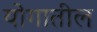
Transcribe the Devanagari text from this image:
योगातील